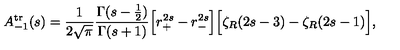
A _ { - 1 } ^ { \mathrm { t r } } ( s ) = { \frac { 1 } { 2 \sqrt { \pi } } } { \frac { \Gamma ( s - { \frac { 1 } { 2 } } ) } { \Gamma ( s + 1 ) } } \Bigr [ r _ { + } ^ { 2 s } - r _ { - } ^ { 2 s } \Bigr ] \Bigr [ \zeta _ { R } ( 2 s - 3 ) - \zeta _ { R } ( 2 s - 1 ) \Bigr ] ,